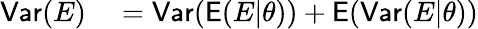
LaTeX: \begin{array}{rl}{\mathsf{Var}(E)}&{{}=\mathsf{Var}(\mathsf E(E|\theta))+\mathsf E(\mathsf{Var}(E|\theta))}\end{array}